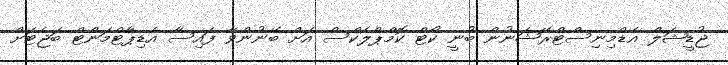
ޖުޑީޝަލް އެޑްމިނިސްޓްރޭޝަނުން ބުނީ ކޯޓް ކޮމްޕްލެކްސް އަށް ބޭނުންވާ ފައިސާ އެޑިޕާޓްމަންޓް ބަޖެޓަށް